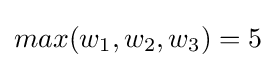
max(w_{1},w_{2},w_{3})=5